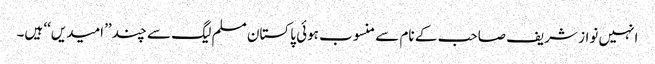
انہیں نواز شریف صاحب کے نام سے منسوب ہوئی پاکستان مسلم لیگ سے چند ’’امیدیں‘‘ ہیں۔